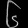
Digit: ၆